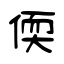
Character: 偄